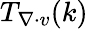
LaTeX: T_{\mathbf{\nabla}\cdot v}(k)